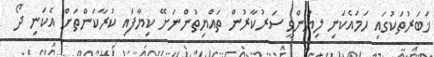
ޚަބަރުތަކުގައި ހަމައެކަނި ލިޔަންވީ ސަރުކާރުން ތައްޔިތުންނަށޭ ކިޔާފައި ކުރާކަންތަށް އެކަނި ދޯ